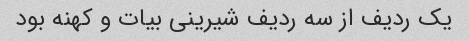
یک ردیف از سه ردیف شیرینی بیات و کهنه بود